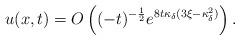
LaTeX: \begin{align*} u(x,t)=O\left((-t)^{-\frac{1}{2}}e^{8t\kappa_{\delta}(3\xi-\kappa_{\delta}^2)}\right). \end{align*}